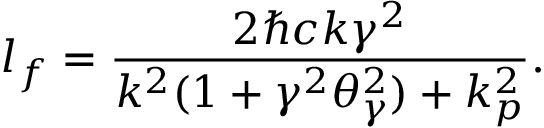
l _ { f } = { \frac { 2 \hbar c k \gamma ^ { 2 } } { k ^ { 2 } ( 1 + \gamma ^ { 2 } \theta _ { \gamma } ^ { 2 } ) + k _ { p } ^ { 2 } } } .